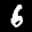
Label: 6